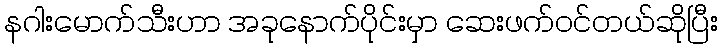
နဂါးမောက်သီးဟာ အခုနောက်ပိုင်းမှာ ဆေးဖက်ဝင်တယ်ဆိုပြီး